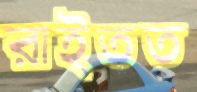
রাইতত